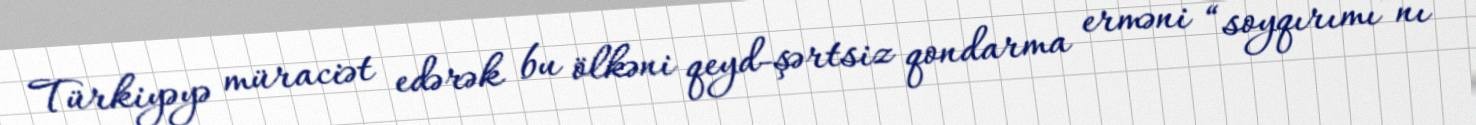
Türkiyəyə müraciət edərək bu ölkəni qeyd-şərtsiz qondarma erməni “soyqırımı”nı